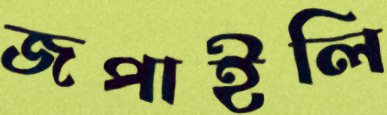
জপাইলি